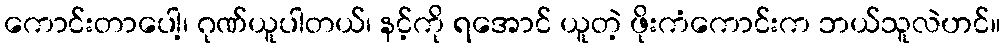
ကောင်းတာပေါ့၊ ဂုဏ်ယူပါတယ်၊ နင့်ကို ရအောင် ယူတဲ့ ဖိုးကံကောင်းက ဘယ်သူလဲဟင်။